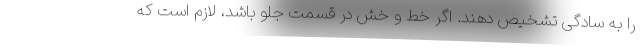
را به سادگی تشخیص دهند. اگر خط و خش در قسمت جلو باشد، لازم است که